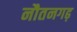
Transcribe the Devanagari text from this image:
नौतनगढ़